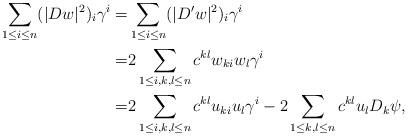
LaTeX: \begin{align*}\sum_{1\leq i\leq n}(|Dw|^2)_i\gamma^i=&\sum_{1\leq i\leq n}(|D'w|^2)_i\gamma^i\\=&2\sum_{1\leq i,k,l\leq n}c^{kl}w_{ki}w_l\gamma^i\\=&2\sum_{1\leq i,k,l\leq n}c^{kl}u_{ki}u_l\gamma^i-2\sum_{1\leq k,l\leq n}c^{kl}u_lD_k\psi,\end{align*}